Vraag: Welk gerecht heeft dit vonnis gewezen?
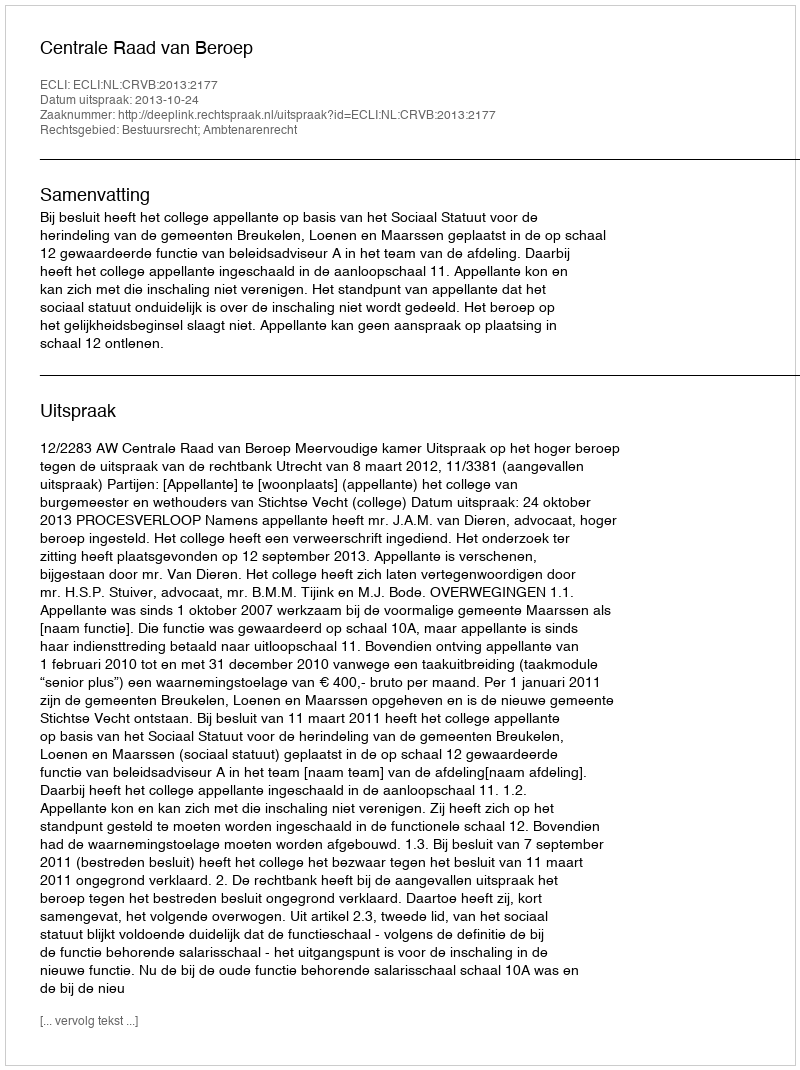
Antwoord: Centrale Raad van Beroep